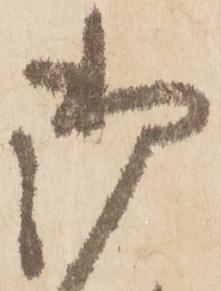
御